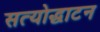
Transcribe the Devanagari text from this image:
सत्योद्घाटन